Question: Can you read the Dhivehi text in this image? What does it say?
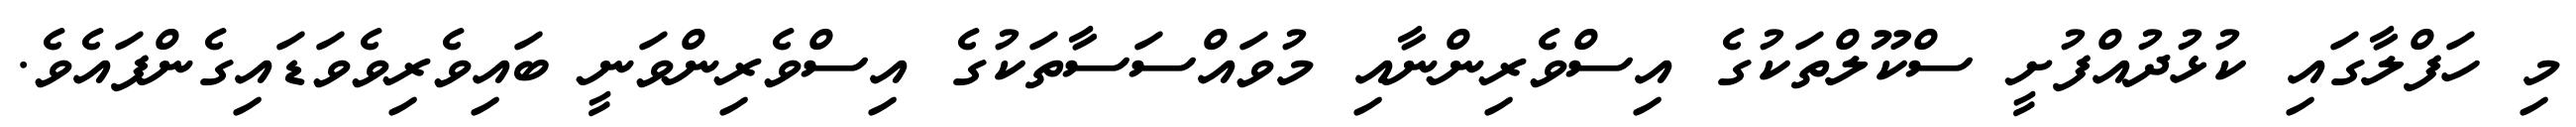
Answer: މި ހަފްލާގައި ކުޅުދުއްފުށީ ސްކޫލްތަކުގެ އިސްވެރިންނާއި މުވައްސަސާތަކުގެ އިސްވެރިންވަނީ ބައިވެރިވެވަޑައިގެންފައެވެ.